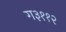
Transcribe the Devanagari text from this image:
ग३११२